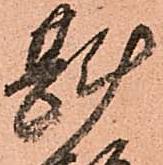
斟